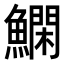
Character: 𬵬